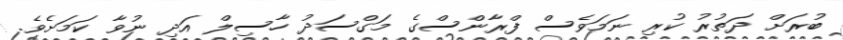
ބުރަށް ދަތުރު ކުރި ނަމަވެސް ފްރާންސްގެ މަގްސަދު ހާސިލް އަދި ނުވާ ކަމަށެވެ.